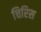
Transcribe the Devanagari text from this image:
चिरिस